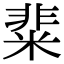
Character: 𥺟